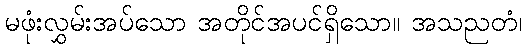
မဖုံးလွှမ်းအပ်သော အတိုင်အပင်ရှိသော။ အသညတံ၊